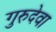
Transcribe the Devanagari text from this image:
गुरुदेवा